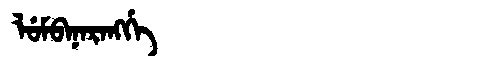
Manchu: ᠯᡠᠮᠪᠠᠨᠠᡵᠠᠩᡤᡝ
Romanization: LUMBANARANGGE